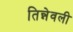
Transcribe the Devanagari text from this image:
तिन्नेवली